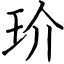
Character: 玠